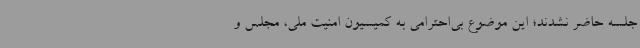
جلسه حاضر نشدند؛ این موضوع بی‌احترامی به کمیسیون امنیت ملی، مجلس و